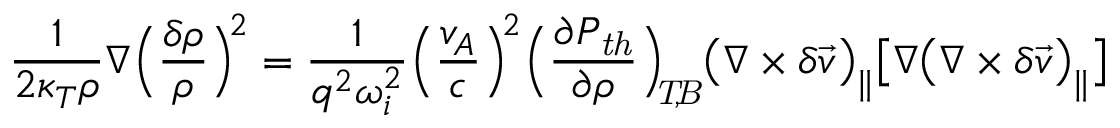
\frac { 1 } { 2 \kappa _ { T } \rho } \nabla \Big ( \frac { \delta \rho } { \rho } \Big ) ^ { \! 2 } = \frac { 1 } { q ^ { 2 } \omega _ { i } ^ { 2 } } \Big ( \frac { v _ { A } } { c } \Big ) ^ { \! 2 } \Big ( \frac { \partial P _ { \mathit { t h } } } { \partial \rho } \Big ) _ { \mathit { \! \! T \! , \! B } } \big ( \nabla \times \delta \vec { v } \big ) _ { \| } \big [ \nabla \big ( \nabla \times \delta \vec { v } \big ) _ { \| } \big ]